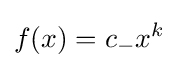
f(x)=c_{-}x^{k}